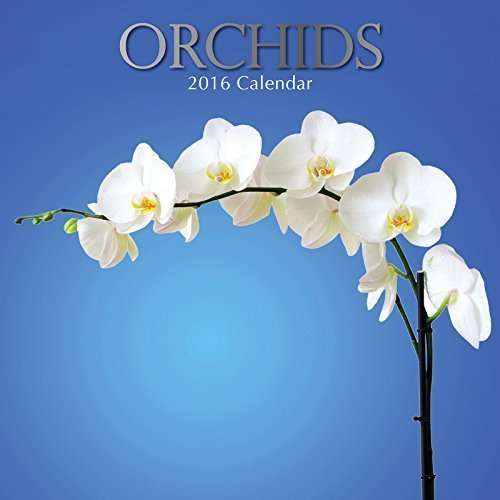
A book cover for Orchids Wall Calendar by The Gifted Stationery Company; Calendars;